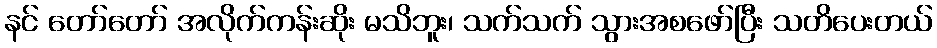
နင် တော်တော် အလိုက်ကန်းဆိုး မသိဘူး၊ သက်သက် သွားအစဖော်ပြီး သတိပေးတယ်